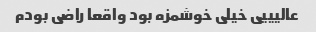
عالیییی خیلی خوشمزه بود واقعا راضی بودم